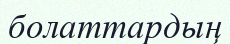
болаттардың